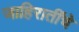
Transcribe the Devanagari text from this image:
जाहिरातींचे